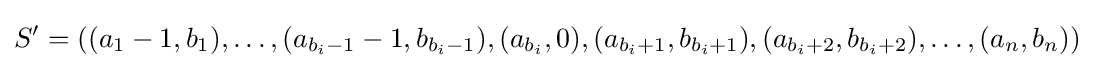
S'=((a_{1}-1,b_{1}),\dots ,(a_{b_{i}-1}-1,b_{b_{i}-1}),(a_{b_{i}},0),(a_{b_{i}+1},b_{b_{i}+1}),(a_{b_{i}+2},b_{b_{i}+2}),\dots ,(a_{n},b_{n}))